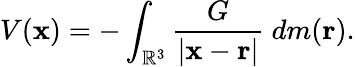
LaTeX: V(\mathbf{x})=-\int_{\mathbb{R}^{3}}{\frac{G}{|\mathbf{x}-\mathbf{r}|}}\ dm(\mathbf{r}).